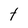
Character: t